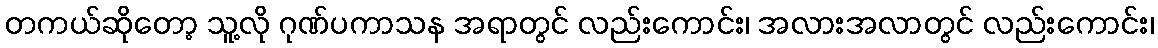
တကယ်ဆိုတော့ သူ့လို ဂုဏ်ပကာသန အရာတွင် လည်းကောင်း၊ အလားအလာတွင် လည်းကောင်း၊